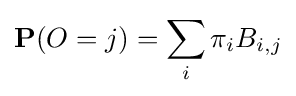
\mathbf {P} (O=j)=\sum _{i}\pi _{i}B_{i,j}